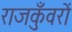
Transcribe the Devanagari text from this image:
राजकुँवरों